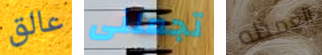
عالق تجعلنى العميله